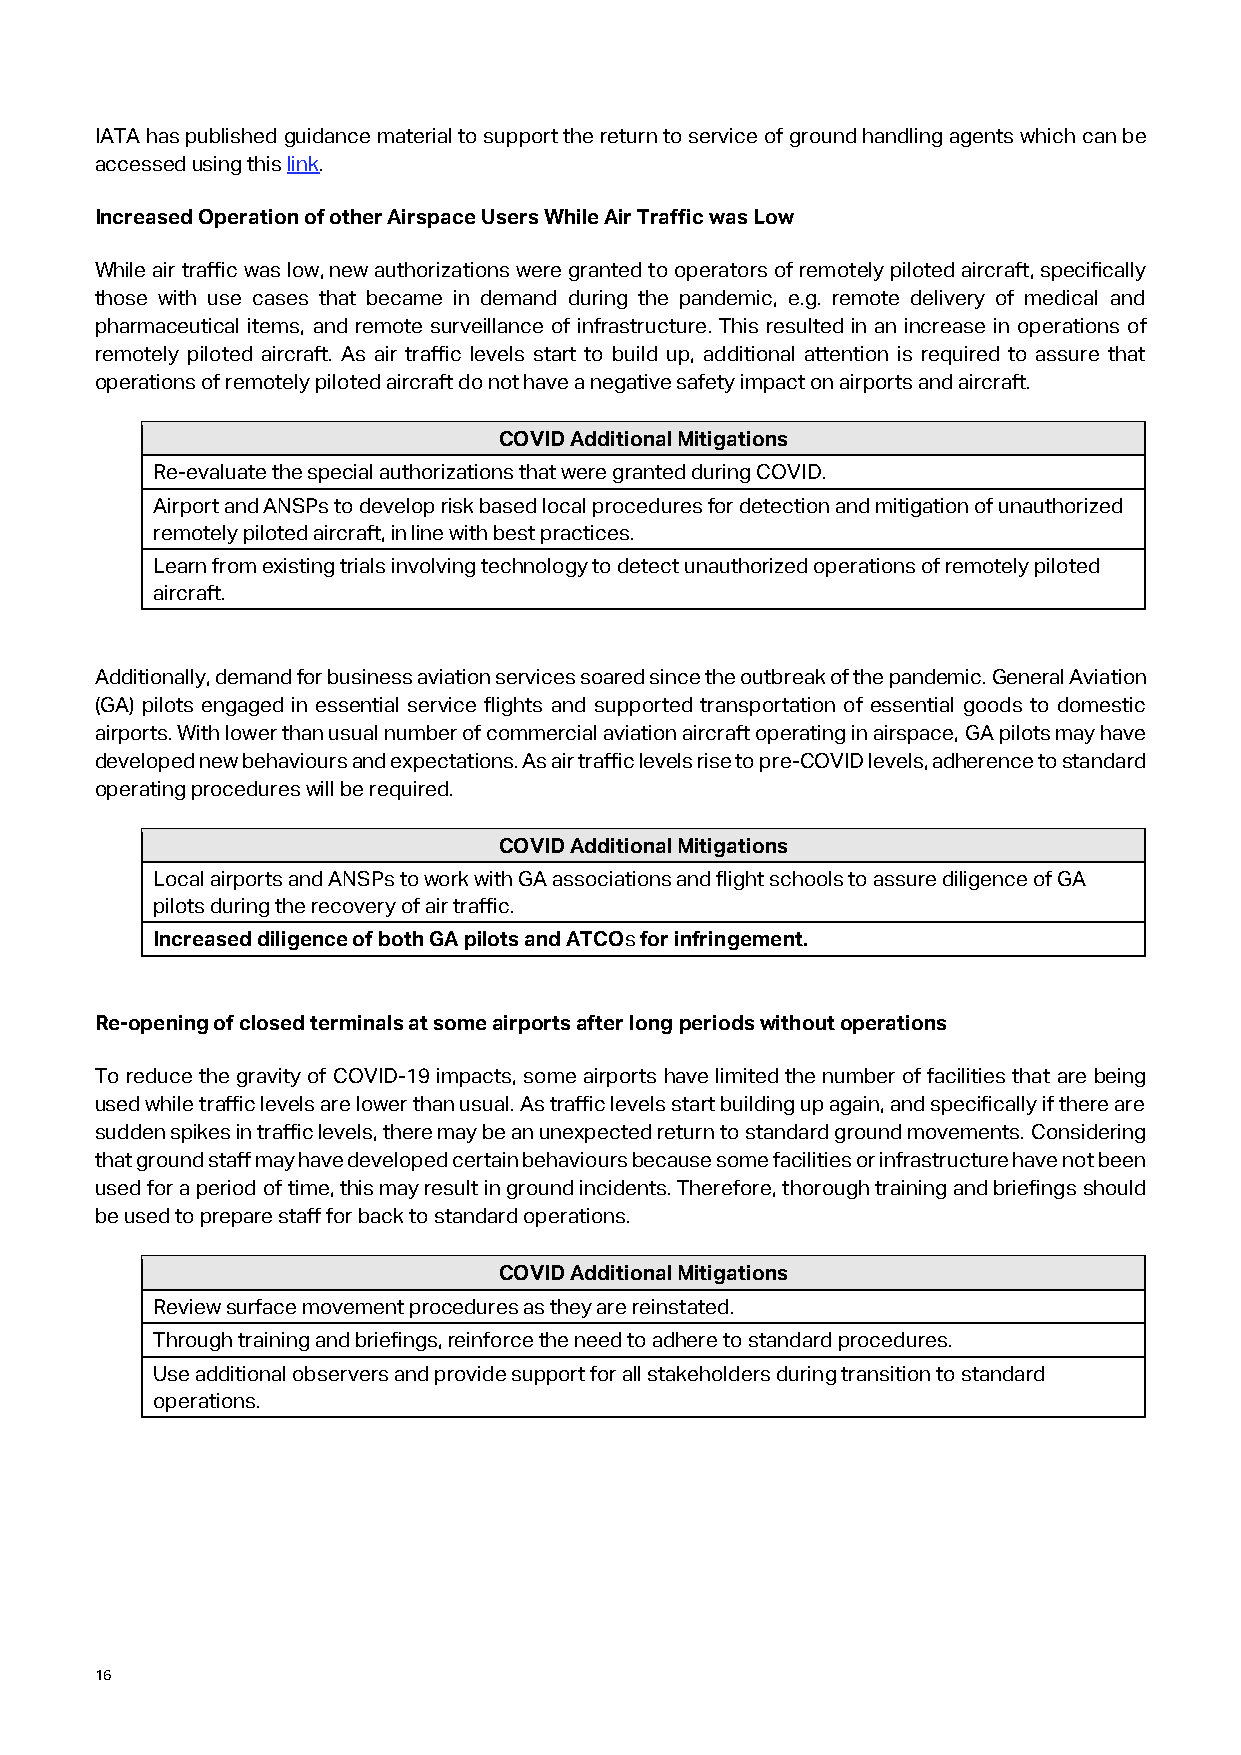
IATA has published guidance material to support the return to service of ground handling agents which can be
 accessed using this link.
 Increased Operation of other Airspace Users While Air Traffic was Low
 While air traffic was low, new authorizations were granted to operators of remotely piloted aircraft, specifically
 those with use cases that became in demand during the pandemic, e.g. remote delivery of medical and
 pharmaceutical items, and remote surveillance of infrastructure. This resulted in an increase in operations of
 remotely piloted aircraft. As air traffic levels start to build up, additional attention is required to assure that
 operations of remotely piloted aircraft do not have a negative safety impact on airports and aircraft.
 COVID Additional Mitigations
 Re-evaluate the special authorizations that were granted during COVID.
 Airport and ANSPs to develop risk based local procedures for detection and mitigation of unauthorized
 remotely piloted aircraft, in line with best practices.
 Learn from existing trials involving technology to detect unauthorized operations of remotely piloted
 aircraft.
 Additionally, demand for business aviation services soared since the outbreak of the pandemic. General Aviation
 (GA) pilots engaged in essential service flights and supported transportation of essential goods to domestic
 airports. With lower than usual number of commercial aviation aircraft operating in airspace, GA pilots may have
 developed new behaviours and expectations. As air traffic levels rise to pre-COVID levels, adherence to standard
 operating procedures will be required.
 COVID Additional Mitigations
 Local airports and ANSPs to work with GA associations and flight schools to assure diligence of GA
 pilots during the recovery of air traffic.
 Increased diligence of both GA pilots and ATCOs for infringement.
 Re-opening of closed terminals at some airports after long periods without operations
 To reduce the gravity of COVID-19 impacts, some airports have limited the number of facilities that are being
 used while traffic levels are lower than usual. As traffic levels start building up again, and specifically if there are
 sudden spikes in traffic levels, there may be an unexpected return to standard ground movements. Considering
 that ground staff may have developed certain behaviours because some facilities or infrastructure have not been
 used for a period of time, this may result in ground incidents. Therefore, thorough training and briefings should
 be used to prepare staff for back to standard operations.
 COVID Additional Mitigations
 Review surface movement procedures as they are reinstated.
 Through training and briefings, reinforce the need to adhere to standard procedures.
 Use additional observers and provide support for all stakeholders during transition to standard
 operations.
 16